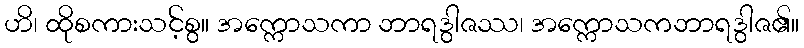
ဟိ၊ ထိုစကားသင့်စွ။ အက္ကောသကာ ဘာရဒွါဇဿ၊ အက္ကောသကဘာရဒွါဇ၏။